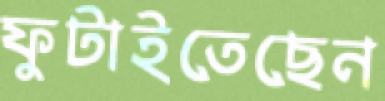
ফুটাইতেছেন